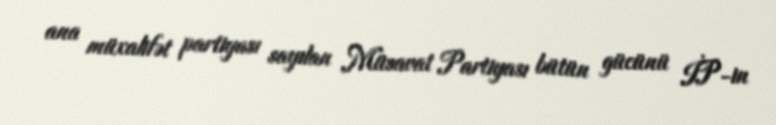
ana müxalifət partiyası sayılan Müsavat Partiyası bütün gücünü İP-in